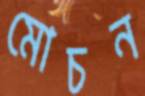
মোচন